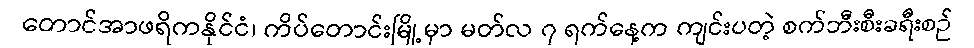
တောင်အာဖရိကနိုင်ငံ၊ ကိပ်တောင်းမြို့မှာ မတ်လ ၇ ရက်နေ့က ကျင်းပတဲ့ စက်ဘီးစီးခရီးစဉ်